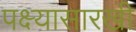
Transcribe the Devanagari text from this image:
पक्ष्यासारखी